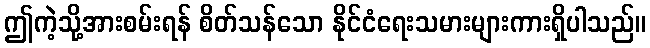
ဤကဲ့သို့အားစမ်းရန် စိတ်သန်သော နိုင်ငံရေးသမားများကားရှိပါသည်။